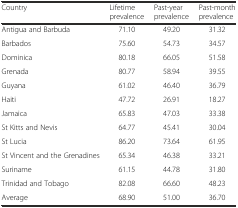
<table><thead><tr><td><b>Country</b></td><td><b>Lifetime prevalence</b></td><td><b>Past-year prevalence</b></td><td><b>Past-month prevalence</b></td></tr></thead><tbody><tr><td>Antigua and Barbuda</td><td>71.10</td><td>49.20</td><td>31.32</td></tr><tr><td>Barbados</td><td>75.60</td><td>54.73</td><td>34.57</td></tr><tr><td>Dominica</td><td>80.18</td><td>66.05</td><td>51.58</td></tr><tr><td>Grenada</td><td>80.77</td><td>58.94</td><td>39.55</td></tr><tr><td>Guyana</td><td>61.02</td><td>46.40</td><td>36.79</td></tr><tr><td>Haiti</td><td>47.72</td><td>26.91</td><td>18.27</td></tr><tr><td>Jamaica</td><td>65.83</td><td>47.03</td><td>33.38</td></tr><tr><td>St Kitts and Nevis</td><td>64.77</td><td>45.41</td><td>30.04</td></tr><tr><td>St Lucia</td><td>86.20</td><td>73.64</td><td>61.95</td></tr><tr><td>St Vincent and the Grenadines</td><td>65.34</td><td>46.38</td><td>33.21</td></tr><tr><td>Suriname</td><td>61.15</td><td>44.78</td><td>31.80</td></tr><tr><td>Trinidad and Tobago</td><td>82.08</td><td>66.60</td><td>48.23</td></tr><tr><td>Average</td><td>68.90</td><td>51.00</td><td>36.70</td></tr></tbody></table>